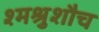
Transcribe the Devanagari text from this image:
श्मश्रुशौच